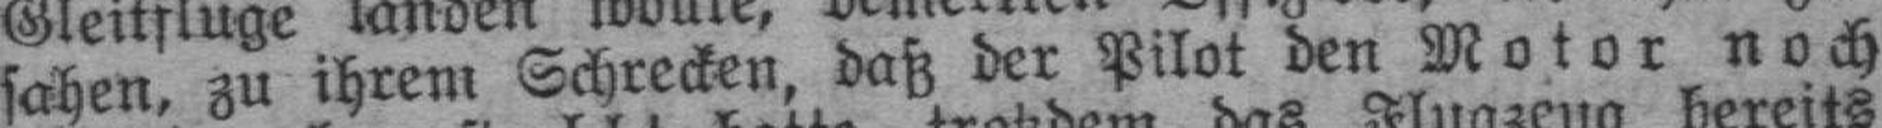
sahen, zu ihrem Schrecken, daß der Pilot den Motor noch